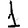
Digit: 1